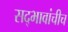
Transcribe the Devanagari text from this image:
सद्‍भावांचीच